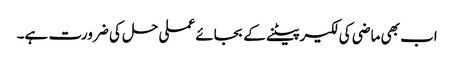
اب بھی ماضی کی لکیر پیٹنے کے بجائے عملی حل کی ضرورت ہے۔